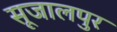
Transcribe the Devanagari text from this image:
सूजालपुर